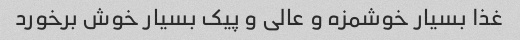
غذا بسیار خوشمزه و عالی و پیک بسیار خوش برخورد